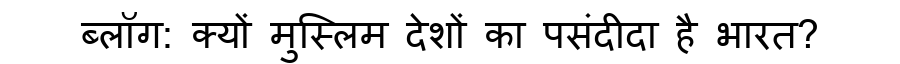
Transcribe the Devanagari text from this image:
ब्लॉग: क्यों मुस्लिम देशों का पसंदीदा है भारत?